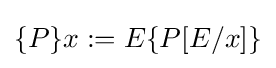
\{P\}x:=E\{P[E/x]\}